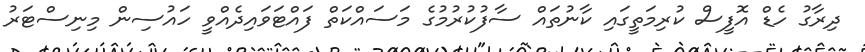
ދިރާގު ހެޑް އޮފީސް ކުރިމަތީގައި ކާނުތައް ސާފުކުރުމުގެ މަސައްކަތް ފައްޓަވައިދެއްވީ ހައުސިން މިނިސްޓަރު